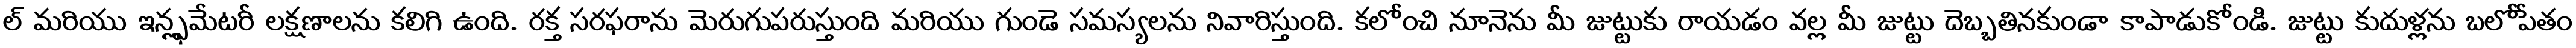
ల్ మరియు ఇన్ఫ్లమేటరీ లక్షణాలను కలిగి ఉంది. రక్త సరఫరాను మెరుగుపరుస్తుంది మరియు గుండె సమస్యలను నివారిస్తుంది. కలోంచి నూనెను మీ జుట్టుకు రాయడం వల్ల మీ జుట్టు దెబ్బతినకుండా కాపాడుకోండి. జుట్టు కుదుళ్లను బలోపేతం